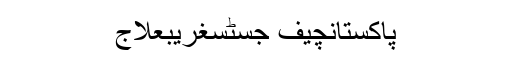
پاکستانچیف جسٹسغریبعلاج